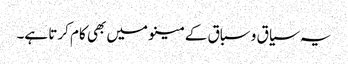
یہ سیاق و سباق کے مینو میں بھی کام کرتا ہے۔